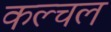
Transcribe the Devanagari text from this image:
कल्चल